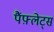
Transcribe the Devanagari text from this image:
पैंफ़्लेट्स